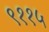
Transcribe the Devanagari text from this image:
९११५